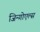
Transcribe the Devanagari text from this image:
जिन्गोएल्स